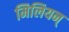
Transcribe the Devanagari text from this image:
मिलियन्